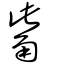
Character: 觜